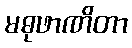
မဓုဖာဏိတာ